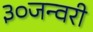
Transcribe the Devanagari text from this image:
३०जन्वरी